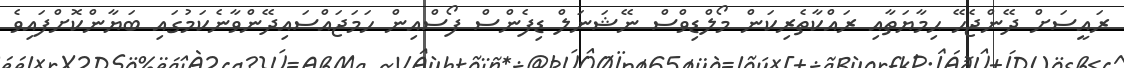
ރައީސަށް ދޭންޖެހޭ ޙިމާޔަތާއި ރައްކާތެރިކަން މޯލްޑިވްސް ނޭޝަނަލް ޑިފެންސް ފޯސްއިން ހަމަޖައްސައިދޭންވާނެކަމުގައި ބަޔާންކޮށްފައިވެ